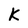
Character: K